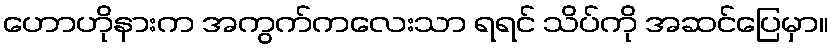
ဟောဟိုနားက အကွက်ကလေးသာ ရရင် သိပ်ကို အဆင်ပြေမှာ။